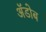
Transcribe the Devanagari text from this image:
ॲडोब